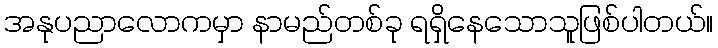
အနုပညာလောကမှာ နာမည်တစ်ခု ရရှိနေသောသူဖြစ်ပါတယ်။